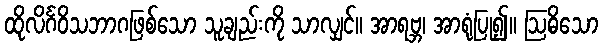
ထိုလိင်္ဂဝိသဘာဂဖြစ်သော သူချည်းကို သာလျှင်။ အာရဗ္ဘ၊ အာရုံပြု၍။ ဩဓိသော